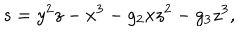
LaTeX: s = y ^ { 2 } z - x ^ { 3 } - g _ { 2 } x z ^ { 2 } - g _ { 3 } z ^ { 3 } ,